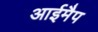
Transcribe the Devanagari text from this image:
आईमैप